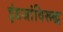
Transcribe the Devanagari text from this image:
इंग्रजांविरूद्ध